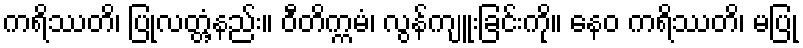
ကရိဿတိ၊ ပြုလတ္တံ့နည်း။ ဝီတိက္ကမံ၊ လွန်ကျူးခြင်းကို။ နေဝ ကရိဿတိ၊ မပြု